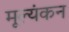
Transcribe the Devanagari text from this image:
मूल्यंकन